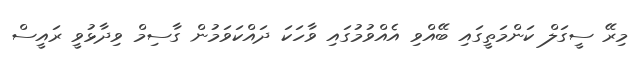
މިރޭ ސީގަލް ކަންމަތީގައި ބޭއްވި އެއްވުމުގައި ވާހަކަ ދައްކަވަމުން ގާސިމް ވިދާޅުވީ ރައީސް